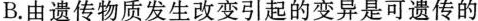
B.由遗传物质发生改变引起的变异是可遗传的